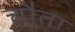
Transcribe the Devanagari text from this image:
चौता